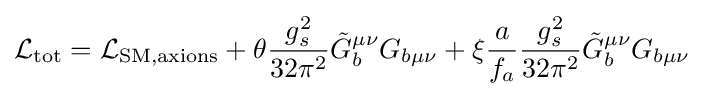
{\mathcal {L}}_{\text{tot}}={\mathcal {L}}_{\text{SM,axions}}+\theta {\frac {g_{s}^{2}}{32\pi ^{2}}}{\tilde {G}}_{b}^{\mu \nu }G_{b\mu \nu }+\xi {\frac {a}{f_{a}}}{\frac {g_{s}^{2}}{32\pi ^{2}}}{\tilde {G}}_{b}^{\mu \nu }G_{b\mu \nu }